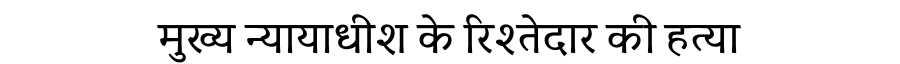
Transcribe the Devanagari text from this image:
मुख्य न्यायाधीश के रिश्तेदार की हत्या